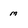
Character: m